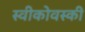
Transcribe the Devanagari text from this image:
स्वीकोवस्की